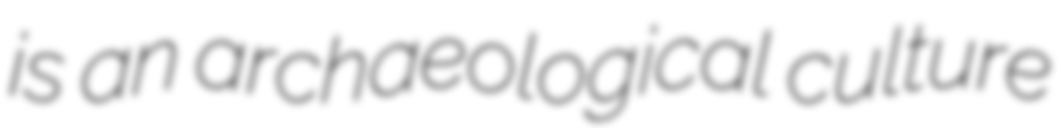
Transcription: is an archaeological culture